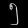
Digit: ၅